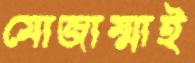
মোজাম্মাই